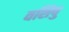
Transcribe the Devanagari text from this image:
वशिषु